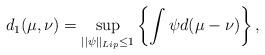
LaTeX: \begin{align*} d_1(\mu,\nu) = \sup_{\lvert \lvert \psi \rvert \rvert_{Lip} \leq 1} \left\{ \int \psi d(\mu - \nu) \right\},\end{align*}